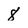
Character: 8